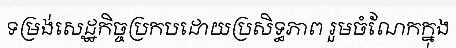
ទម្រង់សេដ្ឋកិច្ចប្រកបដោយប្រសិទ្ធភាព រួមចំណែកក្នុង